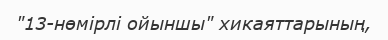
"13-нөмірлі ойыншы" хикаяттарының,